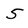
Character: 5